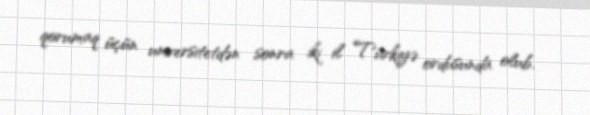
qorumaq üçün universitetdən sonra iki il Türkiyə ordusunda olub.